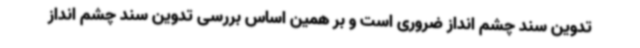
تدوین سند چشم انداز ضروری است و بر همین اساس بررسی تدوین سند چشم انداز